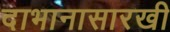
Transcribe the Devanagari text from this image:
दाभानासारखी